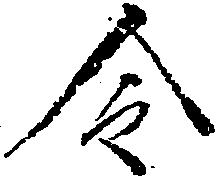
令